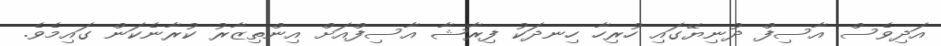
އަދިވެސް އާސިފް ދުނިޔޭގައި ހުރިހާ ހިނދަކު ފިރާޝާ އާސިފްއަށް އިންތިޒާރު ކުރާނެކަން ގައިމެވެ.